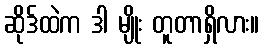
ဆိုဒ်ထဲက ဒါ မျိုး တူတာရှိလား။